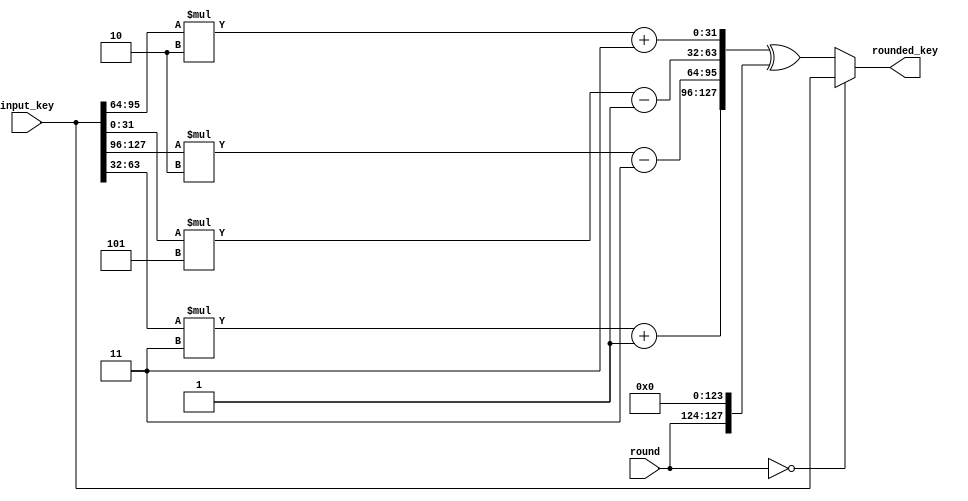
`timescale 1ns / 1ps
//////////////////////////////////////////////////////////////////////////////////
// Company: 
// Engineer: 
// 
// Design Name: 
// Module Name: Key_expansion
// Project Name: 
// Target Devices: 
// Tool Versions: 
// Description: 
// 
// Dependencies: 
// 
// Revision:
// Revision 0.01 - File Created
// Additional Comments:
// 
//////////////////////////////////////////////////////////////////////////////////

// 11 rounds
module Key_expansion(
    input [3:0] round, // indicate which round it is, out of 11 round.
    input [127:0] input_key, //16 bytes
    output reg [127:0] rounded_key //16 bytes
);

wire [127:0] cir_shift_input_key;
wire [31:0] w0;
wire [31:0] w1;
wire [31:0] w2;
wire [31:0] w3;
assign cir_shift_input_key = {input_key[31:8],input_key[7:0] ,input_key[63:40],input_key[39:32] ,input_key[95:72],input_key[71:64] , input_key[127:104],input_key[103:96]};
assign {w3,w2,w1,w0} = cir_shift_input_key;

wire [31:0] s0;
wire [31:0] s1;
wire [31:0] s2;
wire [31:0] s3;
assign s0 = w1 * 2 + 'd3;
assign s1 = w3 * 5 - 'd1;
assign s2 = w0 * 2 - 'd3;
assign s3 = w2 * 3 + 'd1;

//rounded_key
always@ (*) begin
    if(round == 'd0) begin
        rounded_key = input_key;
    end
    else begin
        rounded_key = {s3,s2,s1,s0} ^ {round, 124'b0};
    end
end

endmodule